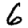
Digit: 6